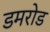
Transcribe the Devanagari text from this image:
डमरोड